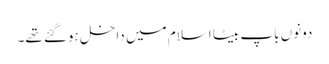
دونوں باپ بیٹا اسلام میں داخل ہوگئے تھے۔